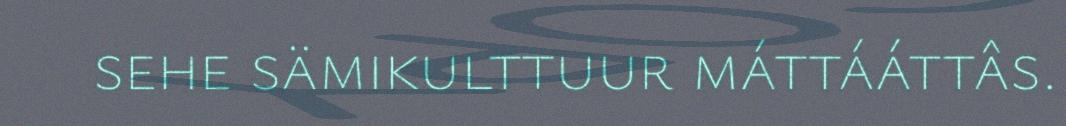
sehe sämikulttuur máttááttâs.